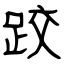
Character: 跤